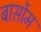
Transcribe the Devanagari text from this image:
बार्सोम